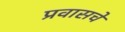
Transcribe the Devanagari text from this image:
प्रवासचे